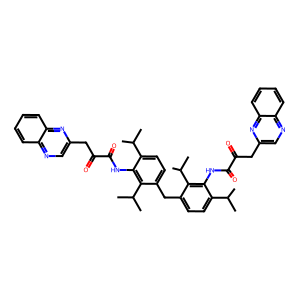
SMILES: CC(C)c1ccc(Cc2ccc(C(C)C)c(NC(=O)C(=O)Cc3cnc4ccccc4n3)c2C(C)C)c(C(C)C)c1NC(=O)C(=O)Cc1cnc2ccccc2n1
Inhibits HIV replication: No